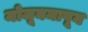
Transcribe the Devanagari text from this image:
मोजूनमापून